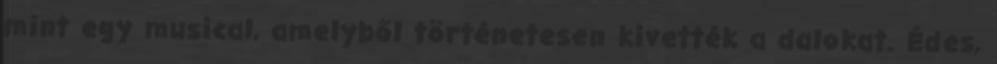
mint egy musical, amelyből történetesen kivették a dalokat. Édes,